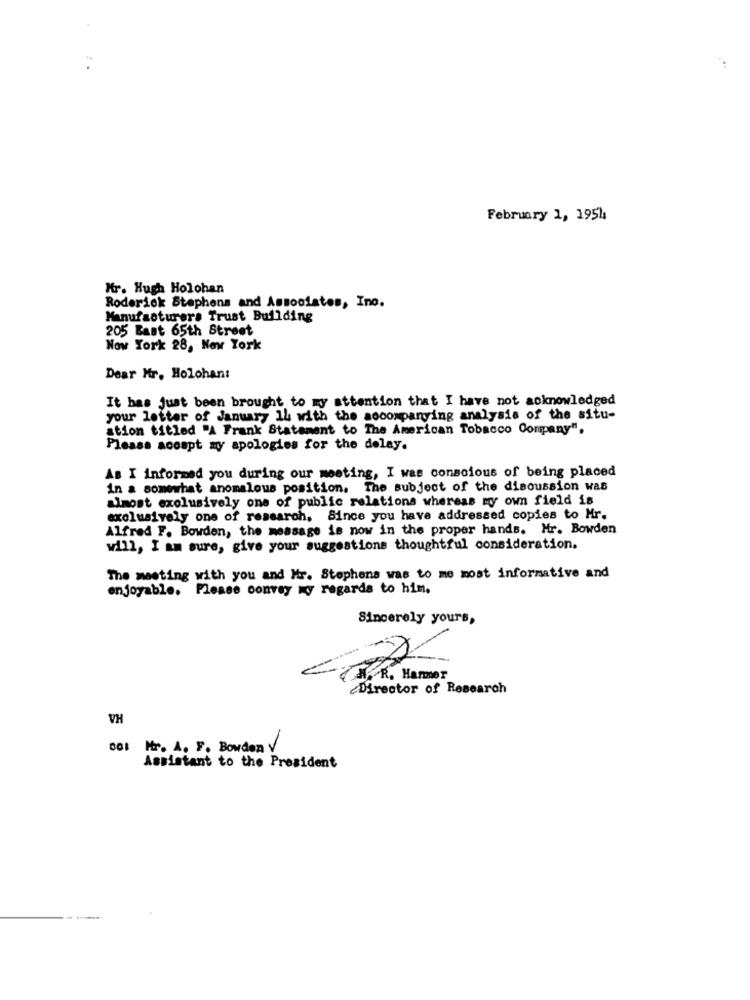
:
February 1, 1954
Hr. Hugh Holohan
Roderick Stephens and Associates, Ino.
Manufacturers Trust Building
205 Bast 65th Street
Now York 28, New York
Dear Mr. Holohant
It has Just been brought to my attention that I have not acknowledged
your letter of January 14 with the accompanying analysis of the situ-
ation titled "A Frank Statament to The American Tobacco Company".
Pleass acospt my apologies for the delay.
As I informed you during our meeting, I was conscious of being placed
in a somewhat anomalous position. The subject of the discussion was
almost exclusively one of public relations whereas my own field is
exclusively one of research, Since you have addressed copies to Mr.
Alfred F. Bowden, the message is now in the proper hands. Mr. Bowden
will, I am sure, give your suggestions thoughtful consideration.
The meeting with you and Mr. Stephens was to me most informative and
enjoyable. Please convey my regards to him.
Sincerely yours,
A. R. Hanmer
Director of Research
VH
DOI Hr. A. F. Bowden V
Assistant to the President